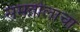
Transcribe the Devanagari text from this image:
समतोलाचा